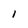
Character: l